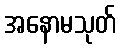
အနောမသုတ်